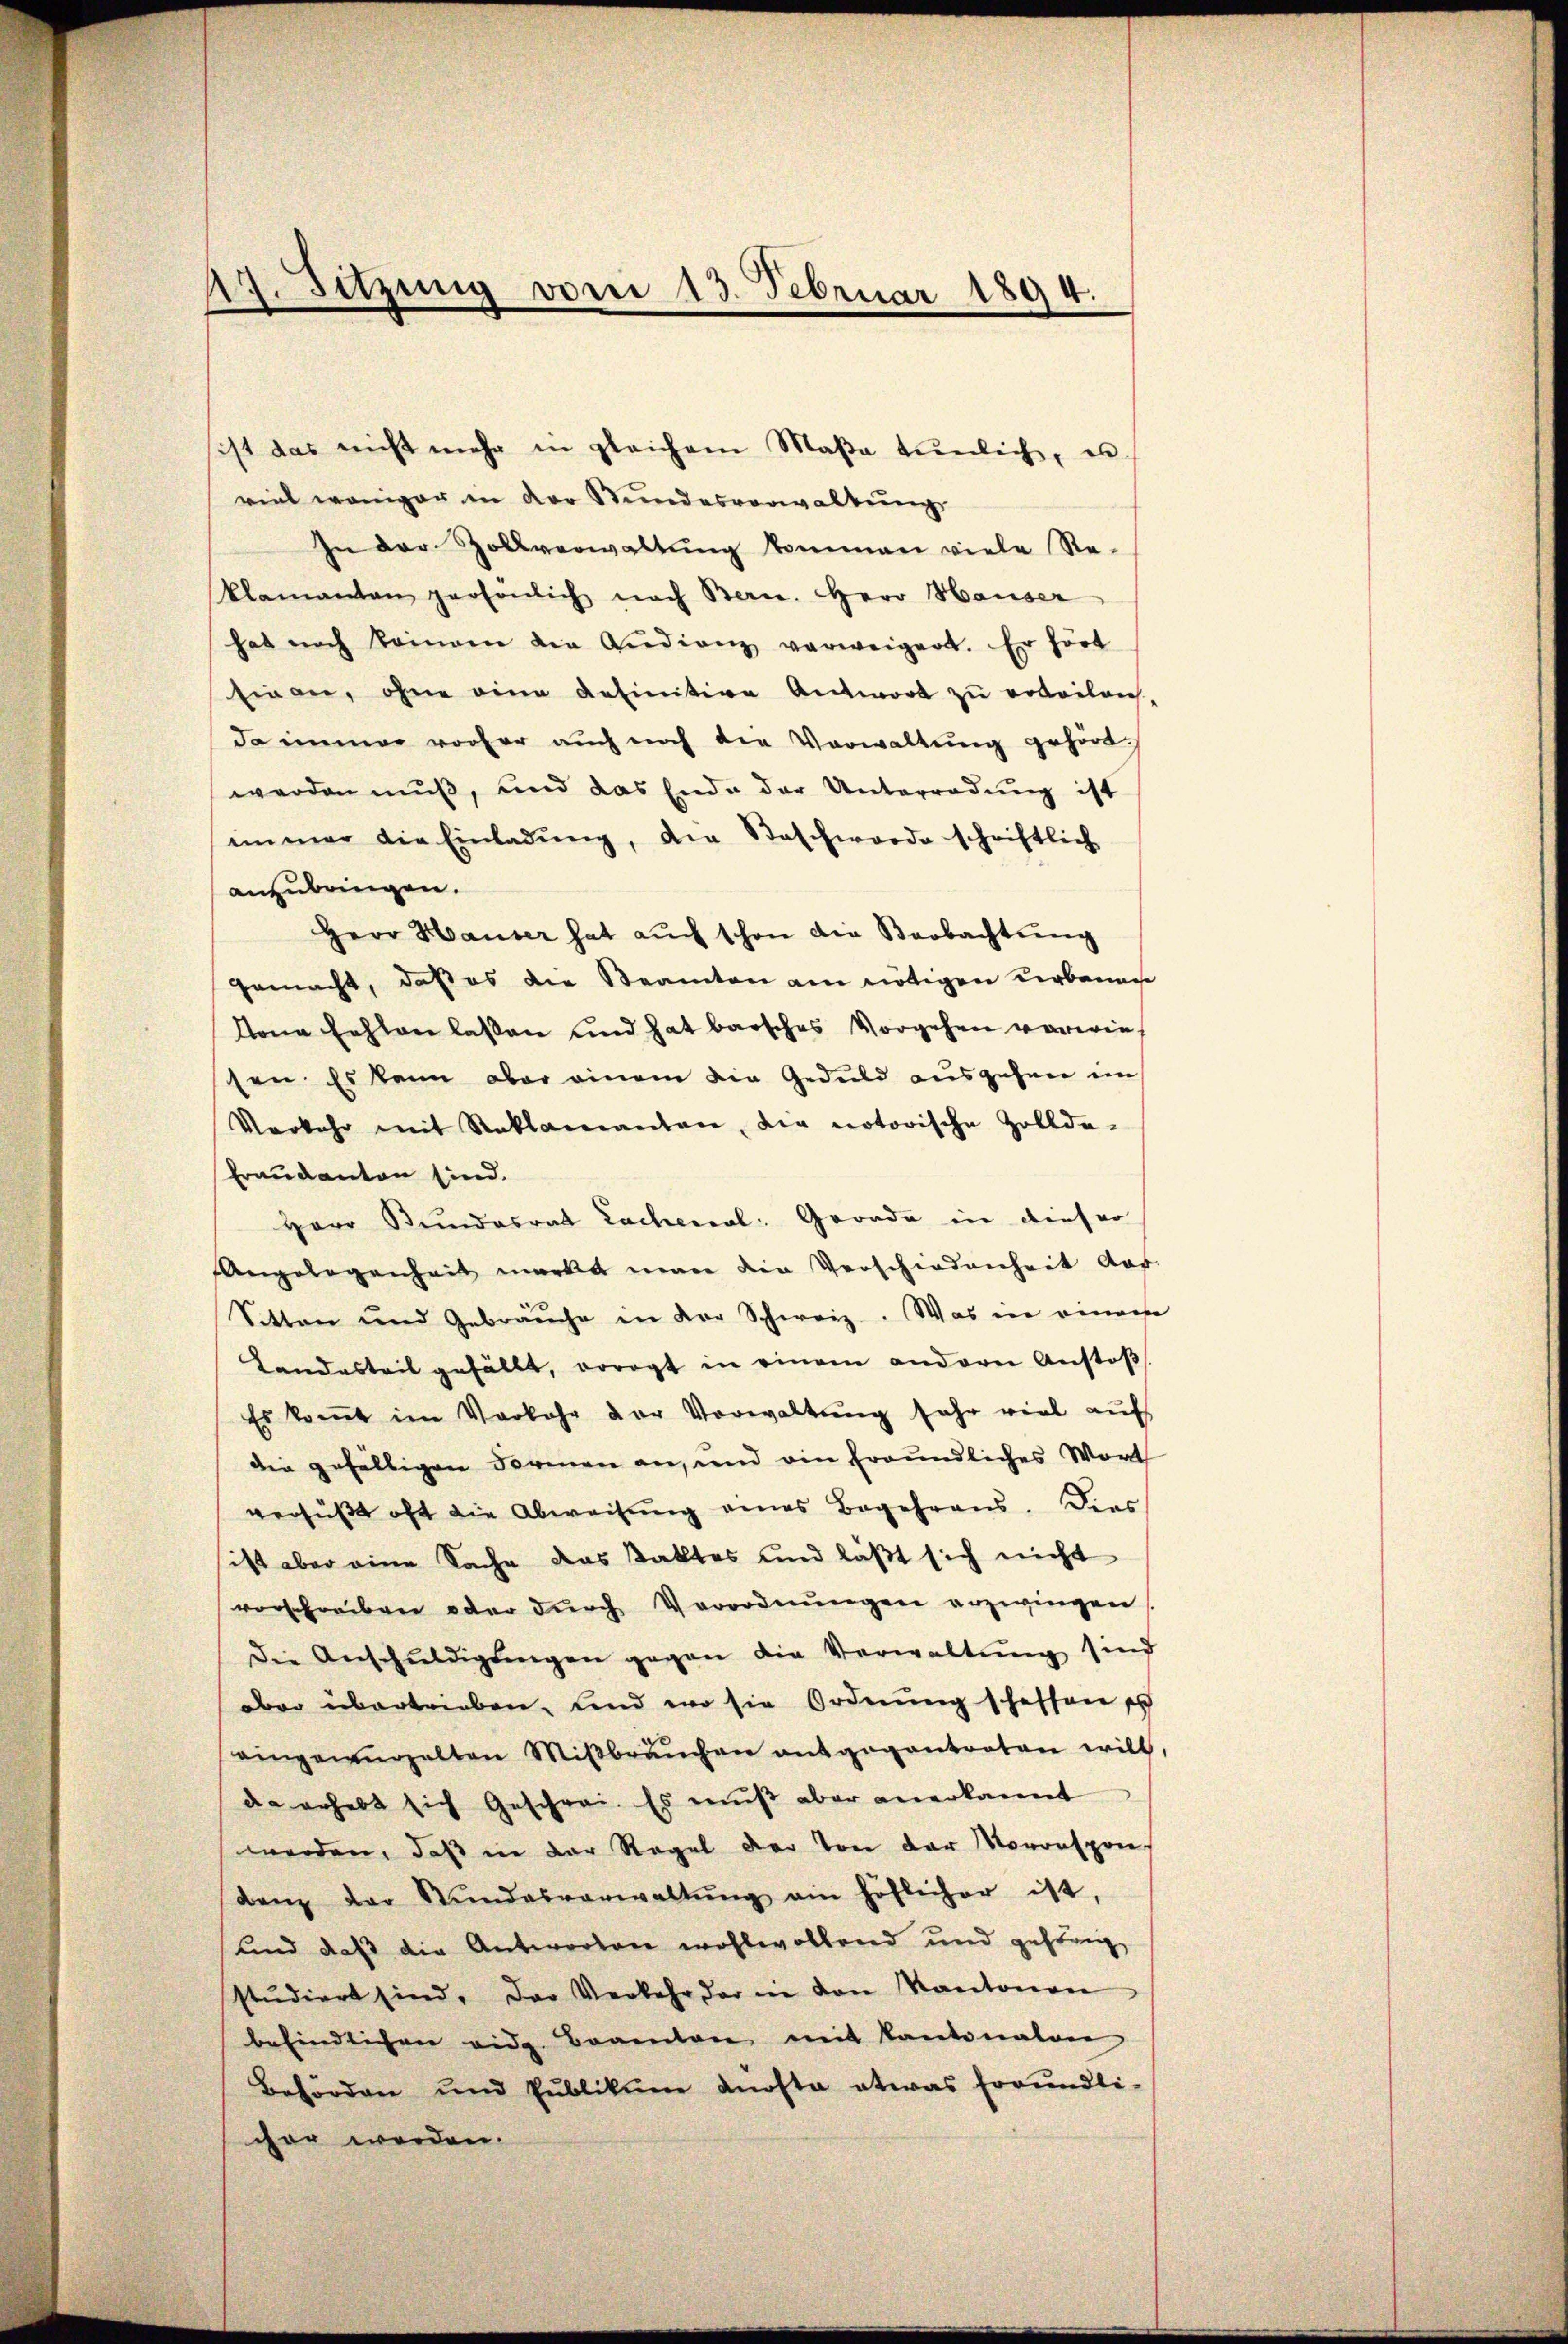
19. Sitzung vom 13. Februar 1894.

ist das nicht mehr in gleichem Maßa tunlich, erviel weniger in der Stundesverwaltung
In der Zollverwaltŭng kommen viele Re-
klamanten persönlich nach Bern. Herr Hauser
hab noch kommen die Audienz verweigen. Er hört
Einan, ohne eine definitive Antwort zu erteilen.
da immer vorher auch noch die Verwaltung gehört.
werden muß, und das Ende der Unterradung ist
immer die Einladŭng, die Beschwerde schriftlich
anzubringen.
Herr Hauser hat auch schon die Beobachtung
gemacht, daß es die Steamten am nötigen verbanage
lona fehlen lassen und hat barsches Vorgehen verwies
sen. Es kann aber einem die Geduld ausgehen im
Vorkehr mit Reklamanten, die notorische Zollde-
Fraukanton sind.
Herr Stundesrat Lachenal: Gerade in dieser
Angelegenheit merkt man die Verschiedenheit aus
Sitten und Gebräuche in der Schweiz. Was in einem
Landastrit gefällt, voragt in einem andern Anstoβ
Es kommt im Vorkehr der Vorwaltŭng sehr viel aŭf
die gefälligen Formen an, und ein freundliches Wort
versüßt oft die Abweisung eines Begehrens. Dies
ist aber eine Sache das Taktes und läßt sich nicht
vorschreiben oder dŭrch Verordnŭngen erzwingen
die Anschŭldigŭngen gegen die Verwaltŭng sind
dro übertrieben, sind wo sie Ordnung schaffen sch
eingewurzelten Miβbraŭchen entgegantorten will,
da erhebt sich Geschrei. Es muß aber anerkannt
werden, daß in der Regel der von der Vorrespon-
denz der Stŭndesverwaltŭng ein höflicher ist,
Kind daß die Antwortare wohlwollend und gestang
stŭdiert sind. Das Verkehr der in von Kantonen
befindlichen vide Beamten mit Kantonalver
Behörden und Pŭblikŭm dürfte etwas Errundli-
cher werden.